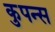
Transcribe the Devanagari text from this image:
कुपन्स